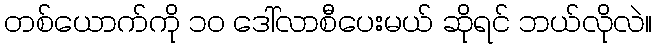
တစ်ယောက်ကို ၁၀ ဒေါ်လာစီပေးမယ် ဆိုရင် ဘယ်လိုလဲ။